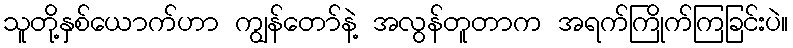
သူတို့နှစ်ယောက်ဟာ ကျွန်တော်နဲ့ အလွန်တူတာက အရက်ကြိုက်ကြခြင်းပဲ။